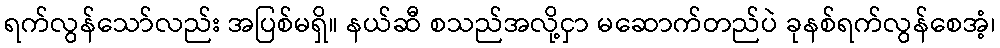
ရက်လွန်သော်လည်း အပြစ်မရှိ။ နယ်ဆီ စသည်အလို့ငှာ မဆောက်တည်ပဲ ခုနစ်ရက်လွန်စေအံ့၊